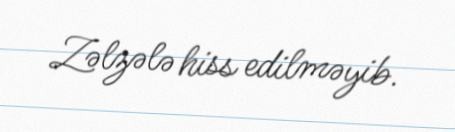
Zəlzələ hiss edilməyib.